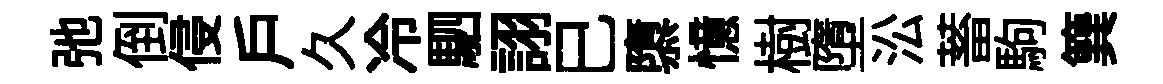
弛倒侵戶久冷駟詡巳隳憶樹墮㳂蓄駒簨